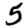
Digit: 5